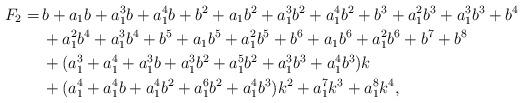
LaTeX: \begin{align*}F_2=\,& b+a_1 b+a_1^3 b+a_1^4 b+b^2+a_1 b^2+a_1^3 b^2+a_1^4 b^2+b^3+a_1^2 b^3+a_1^3b^3+b^4\\&+a_1^2 b^4+a_1^3 b^4+b^5+a_1 b^5+a_1^2 b^5+b^6+a_1 b^6+a_1^2 b^6+b^7+b^8\cr&+(a_1^3 +a_1^4 +a_1^3b +a_1^3 b^2 +a_1^5 b^2 +a_1^3 b^3 +a_1^4 b^3)k\cr&+(a_1^4 +a_1^4 b +a_1^4 b^2 +a_1^6 b^2+a_1^4 b^3)k^2+a_1^7 k^3+a_1^8 k^4,\end{align*}